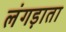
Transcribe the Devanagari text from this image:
लंगड़ाता